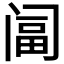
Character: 𨸆